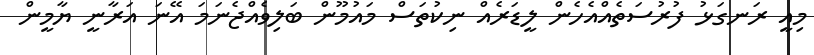
މިއީ ރަނގަޅު ފުރުސަތެއްއެހެން ލީޑަރެއް ނިކުތަސް މައުމޫން ބަލިވެއްޖެނަމަ އޭނަ އަރާނީ ޔާމީން